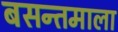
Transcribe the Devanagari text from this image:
बसन्तमाला